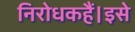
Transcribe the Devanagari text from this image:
निरोधकहैं।इसे